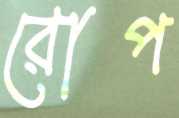
রোপ